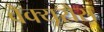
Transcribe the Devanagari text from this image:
वैक्यूरोस